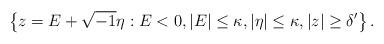
LaTeX: \begin{align*} \left\{ z = E + \sqrt{-1} \eta : E < 0, |E| \leq \kappa, |\eta| \leq \kappa, |z| \geq \delta' \right\}. \end{align*}